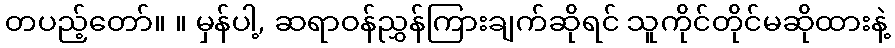
တပည့်တော်။ ။ မှန်ပါ့, ဆရာဝန်ညွှန်ကြားချက်ဆိုရင် သူကိုင်တိုင်မဆိုထားနဲ့